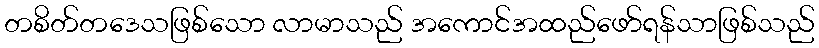
တစိတ်တဒေသဖြစ်သော လာမာသည် အကောင်အထည်ဖော်ရန်သာဖြစ်သည်